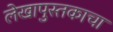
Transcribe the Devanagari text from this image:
लेखापुस्तकाचा